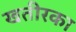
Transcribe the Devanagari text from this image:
खतीरका